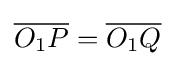
{\overline {O_{1}P}}={\overline {O_{1}Q}}